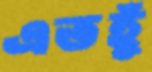
এতহুঁ